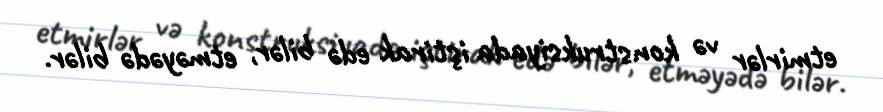
etmirlər və konstruksiyada iştirak edə bilər, etməyədə bilər.